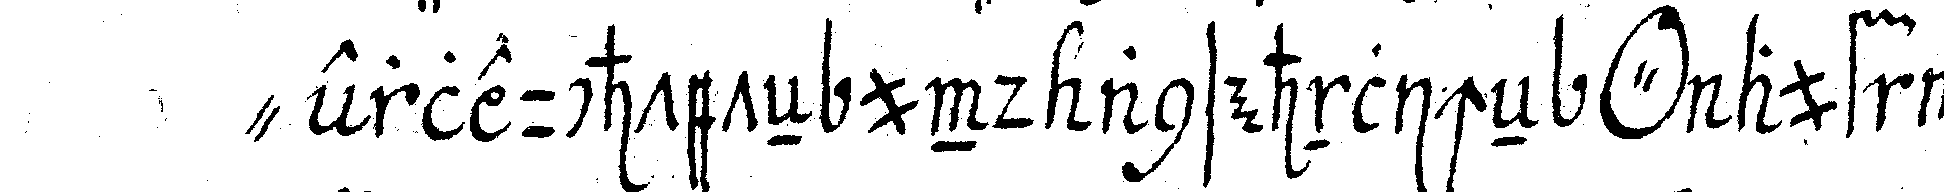
" erleuchteteN und ansehnlicheN *o* auf was